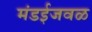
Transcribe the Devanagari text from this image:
मंडईजवळ